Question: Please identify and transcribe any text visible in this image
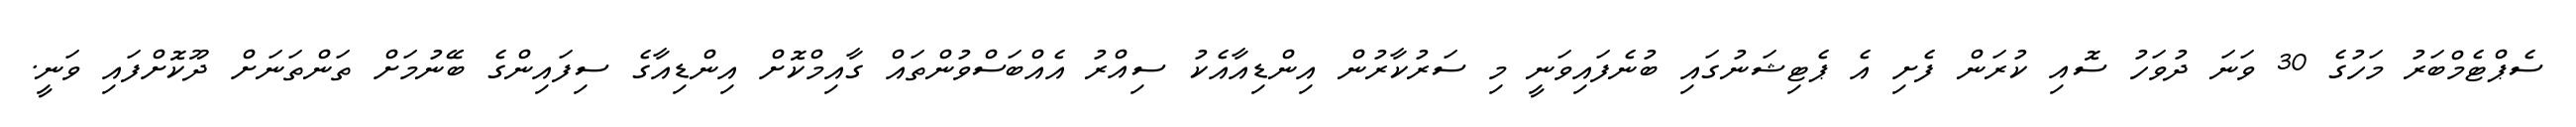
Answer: ސެޕްޓެމްބަރު މަހުގެ 30 ވަނަ ދުވަހު ސޮއި ކުރަން ފެށި އެ ޕެޓިޝަނުގައި ބުނެފައިވަނީ މި ސަރުކާރުން އިންޑިއާއެކު ސިއްރު އެއްބަސްވުންތައް ގާއިމްކޮށް އިންޑިއާގެ ސިފައިންގެ ބޭނުމަށް ތަންތަނަށް ދޫކޮށްފައި ވަނީ.